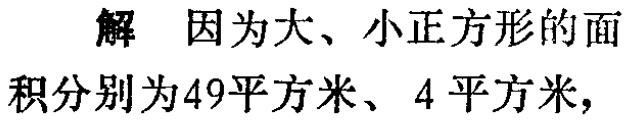
解 因为大、小正方形的面积分别为49平方米、4 平方米，